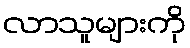
လာသူများကို